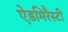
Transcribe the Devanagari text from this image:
ऐडमिरैस्टी